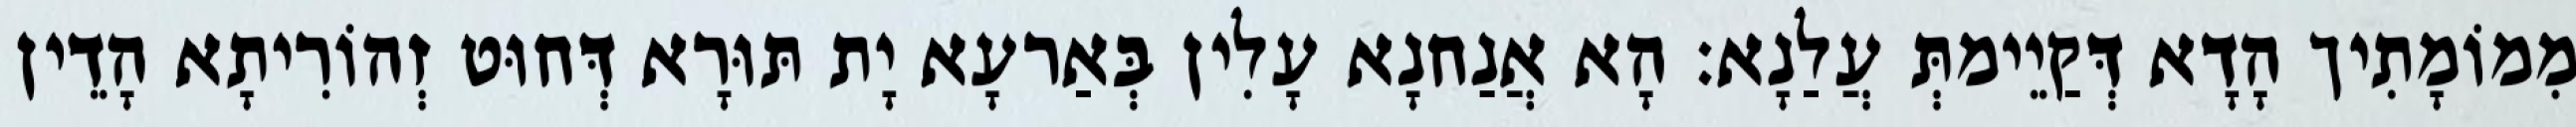
מִמוֹמָתִיך הָדָא דְּקַיֵימתְּ עֲלַנָא׃ הָא אֲנַחנָא עָלִין בְּאַרעָא יָת תּוּרָא דְּחוּט זְהוֹרִיתָא הָדֵין